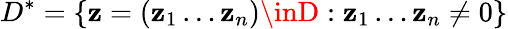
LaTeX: D^{*}=\{ \mathbf{z}=(\mathbf{z}_{1}\dots\mathbf{z}_{n})\inD:\mathbf{z}_{1}\dots\mathbf{z}_{n}\neq0\}